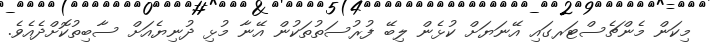
މިކަން މެންޗެސްޓަރގައި އޭނަޔަށް ކުޅެން ލިބޭ ފުރުސަތުތަކުން އޭނާ މުޅި ދުނިޔެއަށް ސާބިތުކޮށްދެއެވެ.